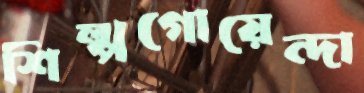
শিল্পগোয়েন্দা